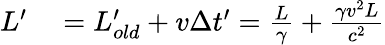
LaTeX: \begin{array}{rl}{L^{\prime}}&{{}=L_{old}^{\prime}+v\Delta t^{\prime}={\frac{L}{\gamma}}+{\frac{\gamma v^{2}L}{c^{2}}}}\end{array}